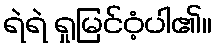
ရဲရဲ ရှုမြင်ဝံ့ပါ၏။